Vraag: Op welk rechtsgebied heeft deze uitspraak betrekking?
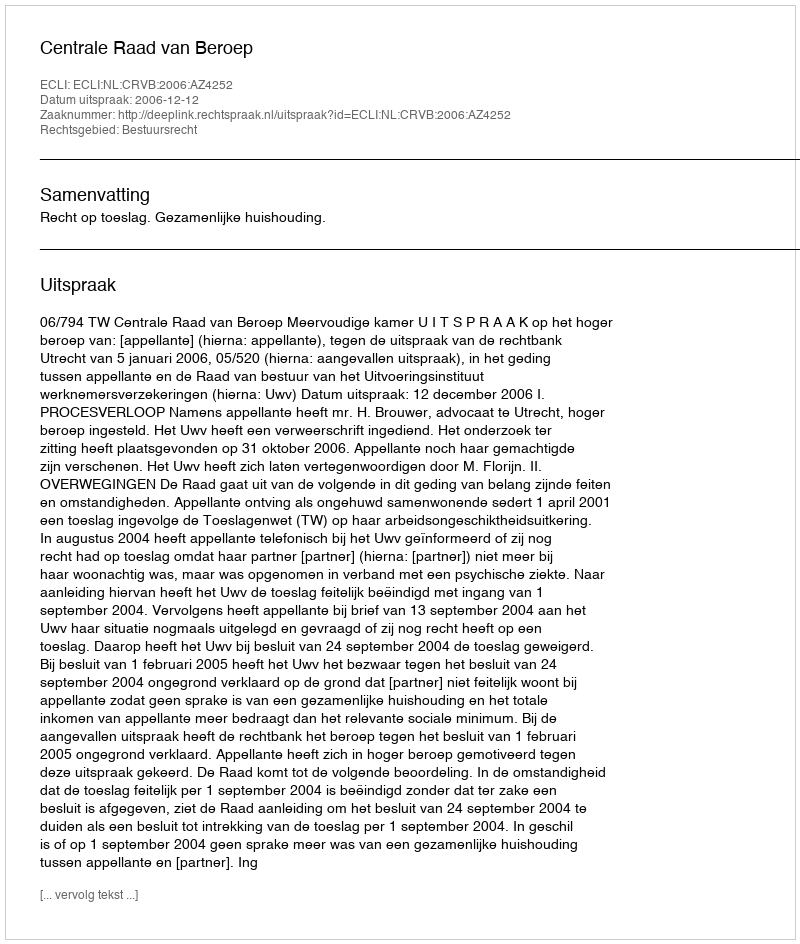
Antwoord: Bestuursrecht